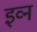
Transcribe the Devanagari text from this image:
इव्न